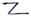
Text: Z